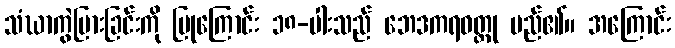
သံဃာကွဲပြားခြင်းကို ပြုကြောင်း ၁၈-ပါးသည် ဘေဒကရဝတ္ထု မည်၏။ အကြောင်း